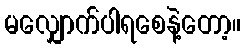
မလျှောက်ပါရစေနဲ့တော့။